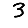
Digit: 3